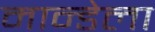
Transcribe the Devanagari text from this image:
मान्डेला